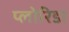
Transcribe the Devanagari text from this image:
प्लोरिडा